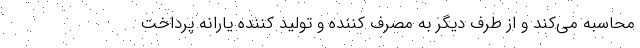
محاسبه می‌کند و از طرف دیگر به مصرف کننده و تولید کننده یارانه پرداخت